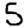
Digit: 5